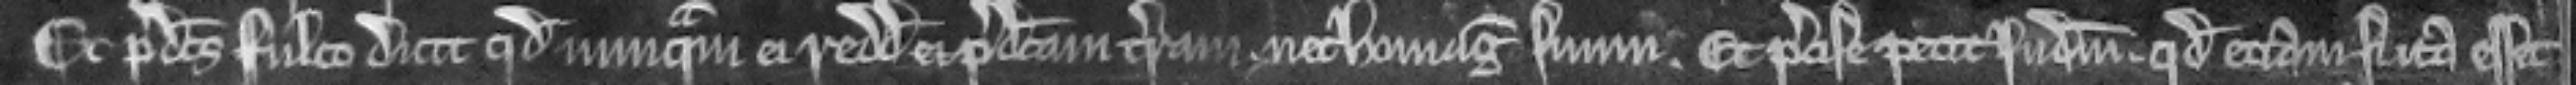
Et predictus Fulco dicit quod nunquam ei reddidit ei predictam terram. nec homagium suum. Et precise petit judicium. quod eciam si ita esset